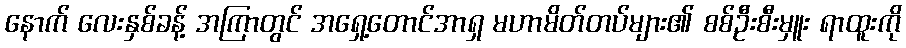
နောက် လေးနှစ်ခန့် အကြာတွင် အရှေ့တောင်အာရှ မဟာမိတ်တပ်များ၏ စစ်ဦးစီးမှူး ရာထူးကို